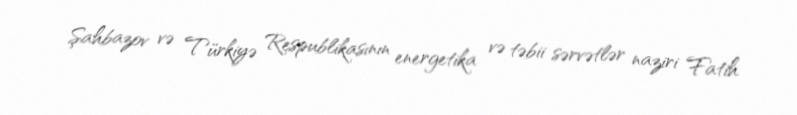
Şahbazov və Türkiyə Respublikasının energetika və təbii sərvətlər naziri Fatih